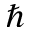
\hslash